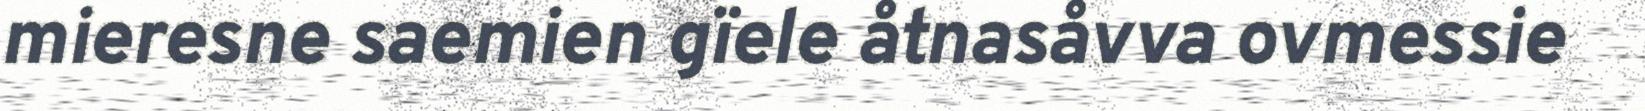
mieresne saemien gïele åtnasåvva ovmessie